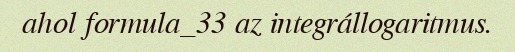
ahol formula_33 az integrállogaritmus.